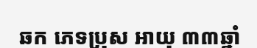
ឆក ភេទប្រុស អាយុ ៣៣ឆ្នាំ